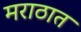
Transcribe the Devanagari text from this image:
मराठात